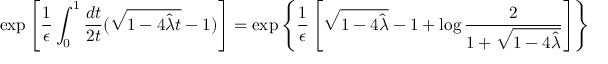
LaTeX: \exp \left[ { \frac { 1 } { \epsilon } } \int _ { 0 } ^ { 1 } { \frac { d t } { 2 t } } ( \sqrt { 1 - 4 { \hat { \lambda } } t } - 1 ) \right] = \exp \left\{ { \frac { 1 } { \epsilon } } \left[ \sqrt { 1 - 4 { \hat { \lambda } } } - 1 + \log { \frac { 2 } { 1 + \sqrt { 1 - 4 { \hat { \lambda } } } } } \right] \right\}